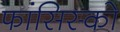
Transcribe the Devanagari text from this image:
फांसिस्को